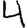
Digit: 4